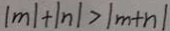
\vert m \vert + \vert n \vert > \vert m + n \vert